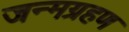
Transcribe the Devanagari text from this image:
जन्मग्रहण